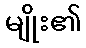
မျိုး၏